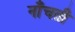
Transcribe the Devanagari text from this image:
नाँचती